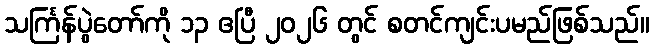
သင်္ကြန်ပွဲတော်ကို ၁၃ ဧပြီ ၂၀၂၆ တွင် စတင်ကျင်းပမည်ဖြစ်သည်။